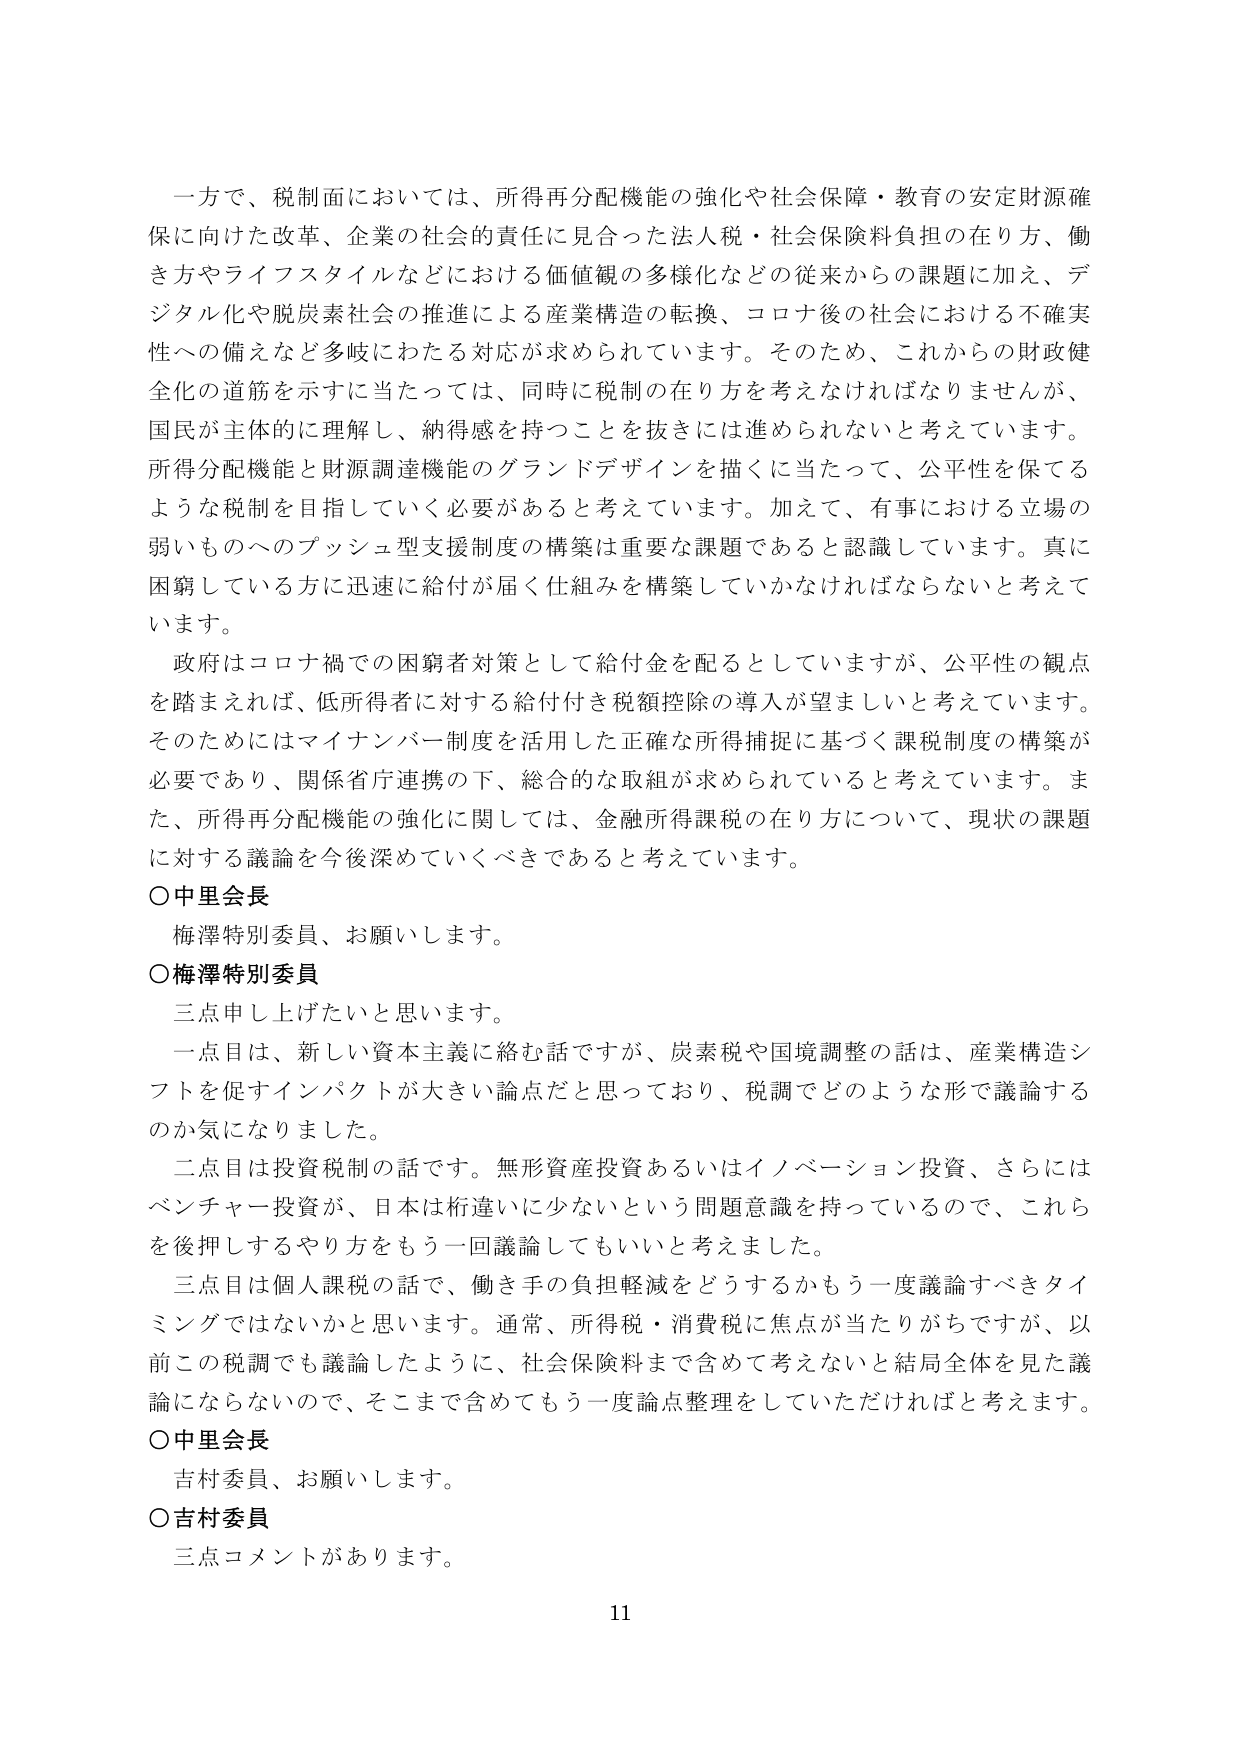
一方で、税制面においては、所得再分配機能の強化や社会保障・教育の安定財源確保に向けた改革、企業の社会的責任に見合った法人税・社会保険料負担の在り方、働き方やライフスタイルなどにおける価値観の多様化などの従来からの課題に加え、デジタル化や脱炭素社会の推進による産業構造の転換、コロナ後の社会における不確実性への備えなど多岐にわたる対応が求められています。そのため、これからの財政健全化の道筋を示すに当たっては、同時に税制の在り方を考えなければなりませんが、国民が主体的に理解し、納得感を持つことを抜きには進められないと考えています。所得分配機能と財源調達機能のグランドデザインを描くに当たって、公平性を保てるような税制を目指していく必要があると考えています。加えて、有事における立場の弱いものへのプッシュ型支援制度の構築は重要な課題であると認識しています。真に困窮している方に迅速に給付が届く仕組みを構築していかなければならないと考えています。

政府はコロナ禍での困窮者対策として給付金を配るとしていますが、公平性の観点を踏まえれば、低所得者に対する給付付き税額控除の導入が望ましいと考えています。そのためにはマイナンバー制度を活用した正確な所得捕捉に基づく課税制度の構築が必要であり、関係省庁連携の下、総合的な取組が求められていると考えています。また、所得再分配機能の強化に関しては、金融所得課税の在り方について、現状の課題に対する議論を今後深めていくべきであると考えています。

○中里会長
梅澤特別委員、お願いします。

○梅澤特別委員
三点申し上げたいと思います。
一点目は、新しい資本主義に絡む話ですが、炭素税や国境調整の話は、産業構造シフトを促すインパクトが大きい論点だと思っており、税調でどのような形で議論するのか気になりました。
二点目は投資税制の話です。無形資産投資あるいはイノベーション投資、さらにはベンチャー投資が、日本は桁違いに少ないという問題意識を持っているので、これらを後押しするやり方をもう一回議論してもいいと考えました。
三点目は個人課税の話で、働き手の負担軽減をどうするかもう一度議論すべきタイミングではないかと思います。通常、所得税・消費税に焦点が当たりがちですが、以前この税調でも議論したように、社会保険料まで含めて考えないと結局全体を見た議論にならないので、そこまで含めてもう一度論点整理をしていただければと考えます。

○中里会長
吉村委員、お願いします。

○吉村委員
三点コメントがあります。

11